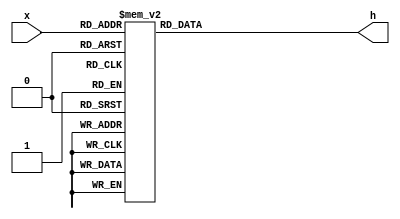
module decoder_hex_10(
							input [3:0] x,
							output reg [0:6] h);
		
		always @(*)
		casex(x)
			4'd0: h=7'b0000001;
			4'd1: h=7'b1001111;
			4'd2: h=7'b0010010;
			4'd3: h=7'b0000110;
			4'd4: h=7'b1001100;
			4'd5: h=7'b0100100;
			4'd6: h=7'b0100000;
			4'd7: h=7'b0001111;
			4'd8: h=7'b0000000;
			4'd9: h=7'b0000100;
			default: h=7'b1111111;
		endcase
		
endmodule